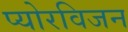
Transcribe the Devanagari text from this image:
प्योरविजन